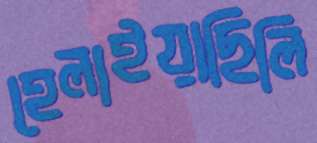
হেলাইয়াছিলি